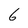
Character: 6